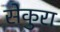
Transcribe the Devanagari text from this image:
सेकुरा